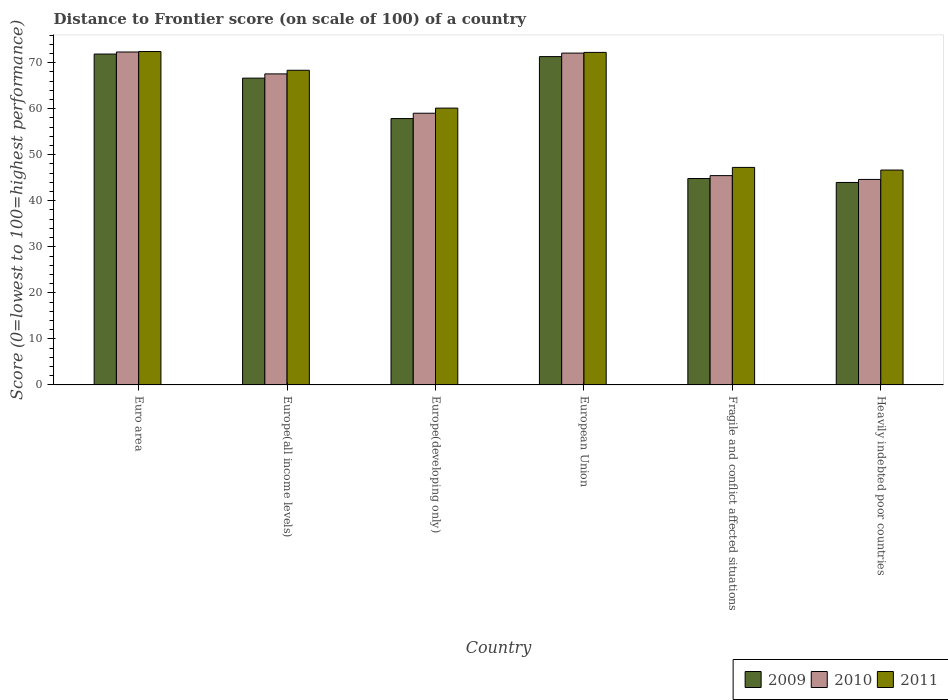
| Country | 2009 | 2010 | 2011 |
 | --- | --- | --- | --- |
 | Euro area | 71.9 | 72.3 | 72.4 |
 | Europe(all income levels) | 66.6 | 67.6 | 68.3 |
 | Europe(developing only) | 57.9 | 59 | 60.1 |
 | European Union | 71.3 | 72.1 | 72.2 |
 | Fragile and conflict affected situations | 44.8 | 45.5 | 47.2 |
 | Heavily indebted poor countries | 44 | 44.6 | 46.7 |